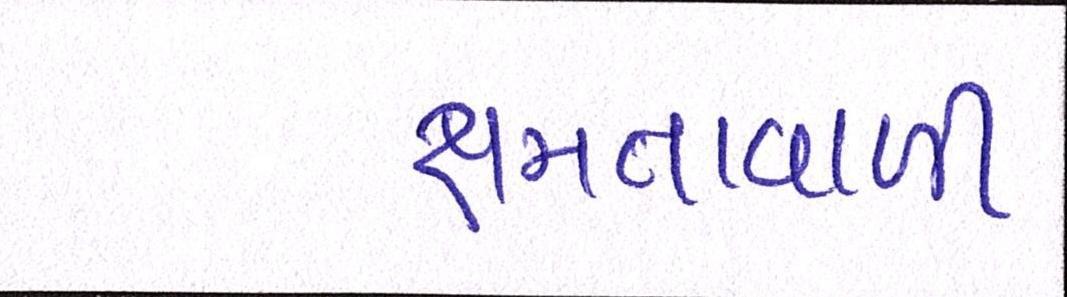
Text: ક્ષમતાવાળી